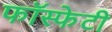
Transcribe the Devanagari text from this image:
फॉस्फेटी